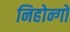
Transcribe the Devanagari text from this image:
निहोन्गो